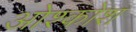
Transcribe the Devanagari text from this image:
ओश्कोश